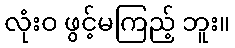
လုံးဝ ဖွင့်မကြည့် ဘူး။